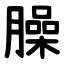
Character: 臊